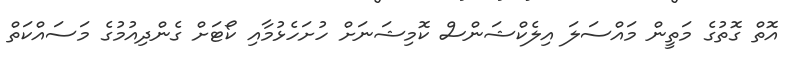
އޮތް ގޮތުގެ މަތީން މައްސަލަ އިލެކްޝަންސް ކޮމިޝަނަށް ހުށަހެޅުމާއި ކޯޓަށް ގެންދިއުމުގެ މަސައްކަތް